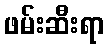
ဖမ်းဆီးရာ